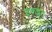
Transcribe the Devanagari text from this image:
इकट्ठा।